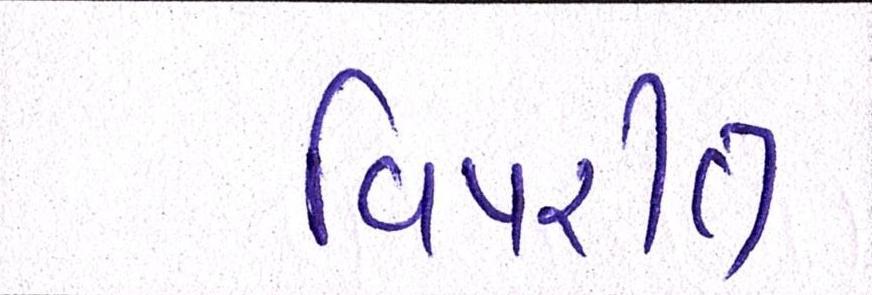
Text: વિપરીત